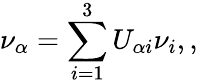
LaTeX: \nu_{\alpha}=\sum_{i=1}^{3}U_{\alpha i}\nu_{i},,